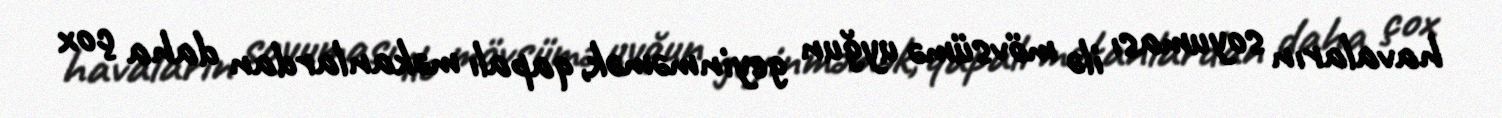
havaların soyuması ilə mövsümə uyğun geyinməmək, qapalı məkanlardan daha çox